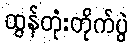
ထွန်တုံးတိုက်ပွဲ